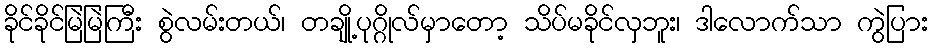
ခိုင်ခိုင်မြဲမြဲကြီး စွဲလမ်းတယ်၊ တချို့ပုဂ္ဂိုလ်မှာတော့ သိပ်မခိုင်လှဘူး၊ ဒါလောက်သာ ကွဲပြား